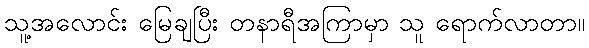
သူ့အလောင်း မြေချပြီး တနာရီအကြာမှာ သူ ရောက်လာတာ။